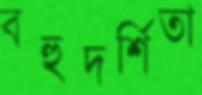
বহুদর্শিতা